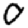
Digit: 0